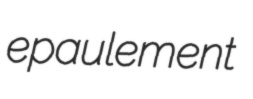
epaulement